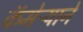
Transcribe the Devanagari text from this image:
कॅमेऱ्याने